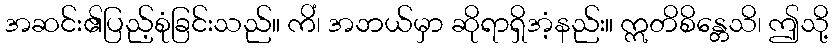
အဆင်း၏ပြည့်စုံခြင်းသည်။ ကိံ၊ အဘယ်မှာ ဆိုရာရှိအံ့နည်း။ ဣတိစိန္တေသိ၊ ဤသို့